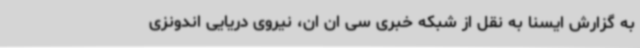
به گزارش ایسنا به نقل از شبکه خبری سی ان ان، نیروی دریایی اندونزی